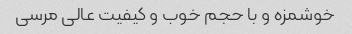
خوشمزه و با حجم خوب و کیفیت عالی مرسی